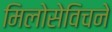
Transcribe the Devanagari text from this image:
मिलोसेविचने